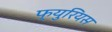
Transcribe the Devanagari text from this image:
फ्युरियस